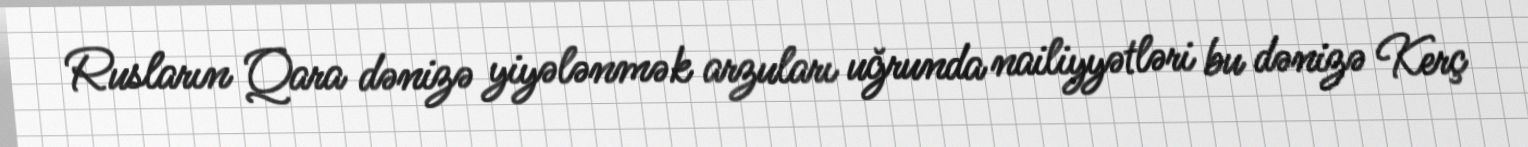
Rusların Qara dənizə yiyələnmək arzuları uğrunda nailiyyətləri bu dənizə Kerç